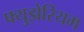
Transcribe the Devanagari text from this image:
फ्युझेरियम